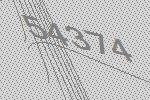
54374